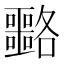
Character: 𡅡